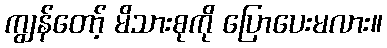
ကျွန်တော့် မိသားစုကို ပြောပေးမလား။